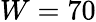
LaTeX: W=70